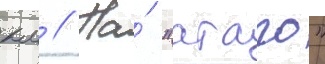
км // На́ "атаго"